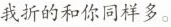
我折的和你同样多。